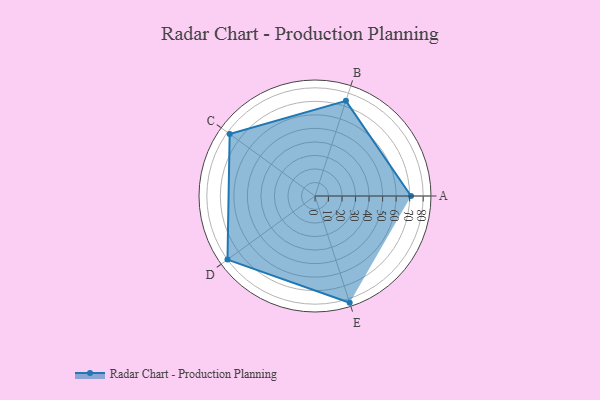
{"axis": {"x": "Skill", "y": "Score"}, "legend": ["Profile"], "data": [{"x": "A", "y": 71.0, "type": "Profile"}, {"x": "B", "y": 74.0, "type": "Profile"}, {"x": "C", "y": 78.0, "type": "Profile"}, {"x": "D", "y": 80.0, "type": "Profile"}, {"x": "E", "y": 83.0, "type": "Profile"}]}